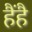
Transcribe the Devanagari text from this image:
हैंहै